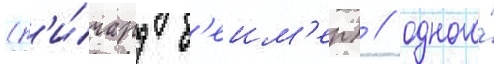
(р'и́чард б'еим'ер) / одного́